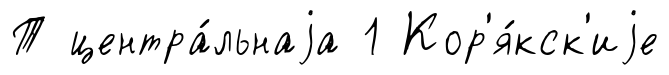
Т центра́льнаjа 1 Кор'я́кск'иjе